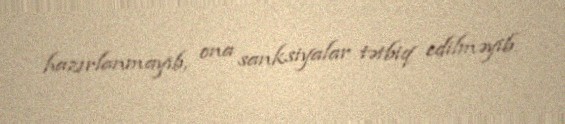
hazırlanmayıb, ona sanksiyalar tətbiq edilməyib.